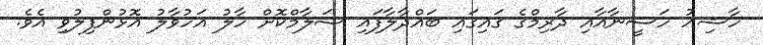
ހާޝިއު ހަސީނާއާއި ދާރިމްގެ ގައިގައި ބައްދާލާފައި ސަލާމްކޮށް ހާލު އަހުވާލު އޮޅުންފިލުވި އެވެ.